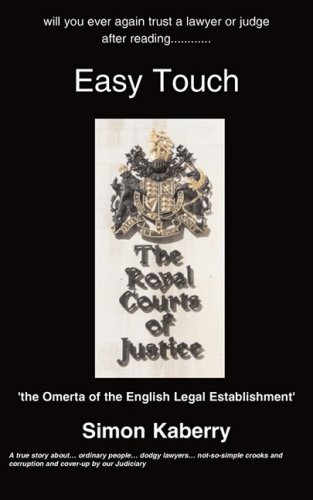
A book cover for Easy Touch; S Kaberry; Law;